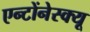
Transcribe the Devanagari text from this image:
एन्टोंनेस्क्यू